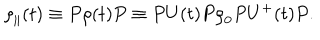
LaTeX: { \rho } _ { \parallel } ( t ) \equiv P \rho ( t ) P \equiv P U ( t ) P { \rho } _ { 0 } P U ^ { + } ( t ) P .